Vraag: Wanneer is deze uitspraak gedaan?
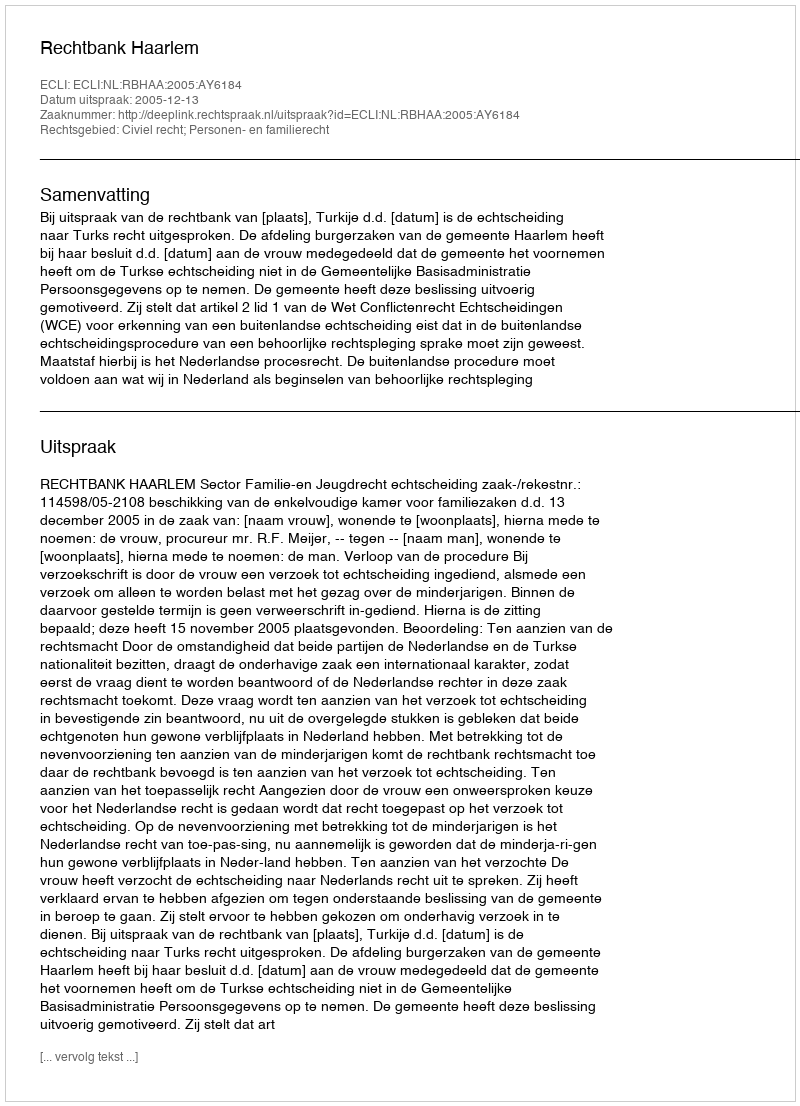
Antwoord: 2005-12-13